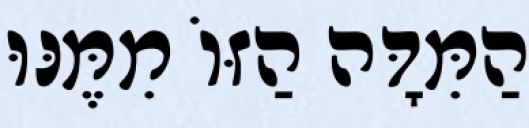
הַמִּדָּה הַזּוֹ מִמֶּנּוּ